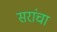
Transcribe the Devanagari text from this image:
सरांचा